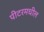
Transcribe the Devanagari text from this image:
पीटरमधील